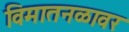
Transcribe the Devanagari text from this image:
विमातनळावर